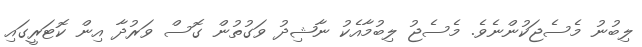
ލިބުނު މެސެޖަކުންނެވެ. މެސެޖު ލިބުމާއެކު ނާޝިދު ވަގުތުން ގޮސް ވަރުދާ އިން ކޮޓަރީގައި